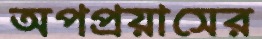
অপপ্রয়াসের